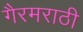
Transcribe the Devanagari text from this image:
गैरमराठी